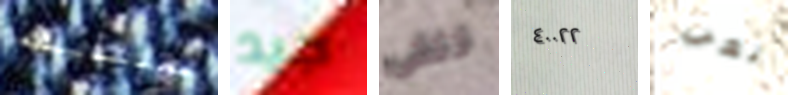
تعتقدينه جيد تلقى ٤٠٠٢٢ تعب